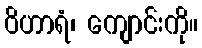
ဝိဟာရံ၊ ကျောင်းကို။